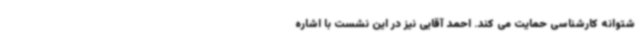
شتوانه کارشناسی حمایت می کند. احمد آقایی نیز در این نشست با اشاره